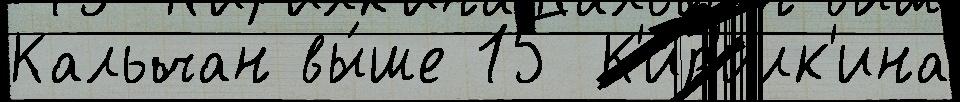
Кальчан вы́ше 15 К'ир'илк'ина